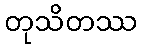
တုသိတဿ